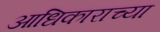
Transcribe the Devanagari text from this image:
आधिकाराच्या